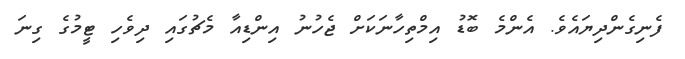
ފެނިގެންދިޔައެވެ. އެންމެ ބޮޑު އިމްތިހާނަކަށް ޖެހުނު އިންޑިއާ މެޗުގައި ދިވެހި ޓީމުގެ ގިނަ